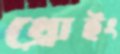
থ্রোইং